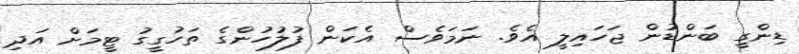
ޑިންގީ ބަންޑުން ޖަހައިލީ އެވެ. ނަމަވެސް އެކަން ފުލުހުންގެ ތަހުގީގު ޓީމަށް އަދި